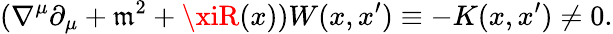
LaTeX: (\nabla^{\mu}\partial_{\mu}+\mathfrak{m}^{2}+\xiR(x))W(x,x^{\prime})\equiv-K(x,x^{\prime})\neq0.